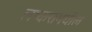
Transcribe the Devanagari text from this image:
लष्करामधील